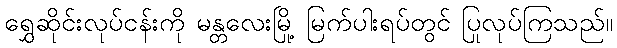
ရွှေဆိုင်းလုပ်ငန်းကို မန္တလေးမြို့ မြက်ပါးရပ်တွင် ပြုလုပ်ကြသည်။